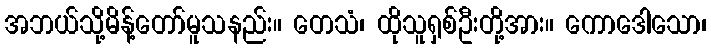
အဘယ်သို့မိန့်တော်မူသနည်း။ တေသံ၊ ထိုသူရှစ်ဦးတို့အား။ ကောဒေါသော၊